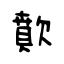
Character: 歕